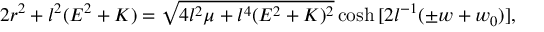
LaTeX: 2 r ^ { 2 } + l ^ { 2 } ( E ^ { 2 } + K ) = \sqrt { 4 l ^ { 2 } \mu + l ^ { 4 } ( E ^ { 2 } + K ) ^ { 2 } } \cosh { [ 2 l ^ { - 1 } ( \pm w + w _ { 0 } ) ] } ,